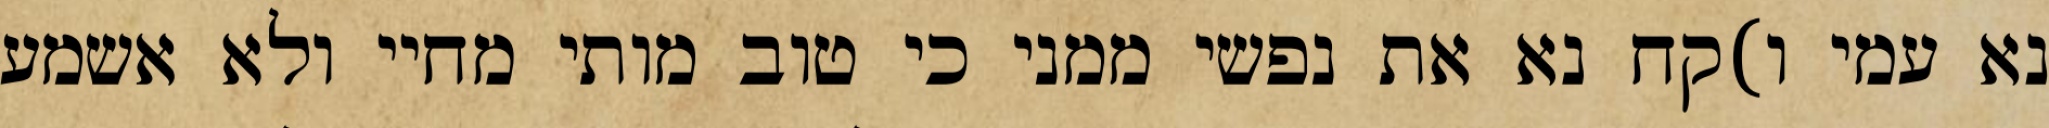
נא עמי ו)קח נא את נפשי ממני כי טוב מותי מחיי ולא אשמע